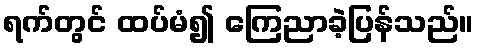
ရက်တွင် ထပ်မံ၍ ကြေညာခဲ့ပြန်သည်။